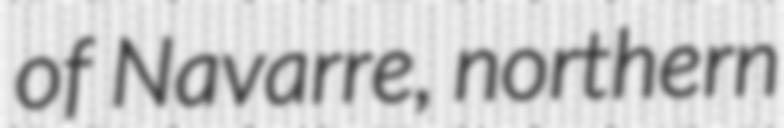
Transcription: of Navarre, northern